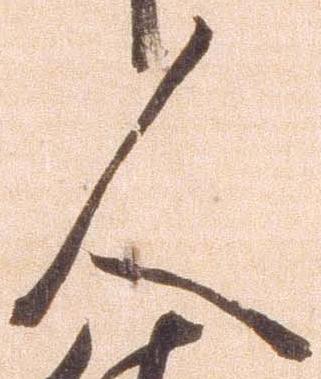
人